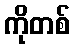
ကိုတစ်